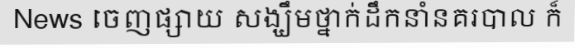
News ចេញផ្សាយ សង្ឃឹមថ្នាក់ដឹកនាំនគរបាល ក៏